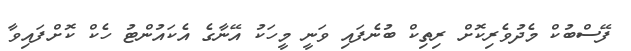
ފޭސްބުކް މެދުވެރިކޮށް ރިތިކް ބުނެފައި ވަނީ މީހަކު އޭނާގެ އެކައުންޓު ހެކް ކޮށްފައިވާ